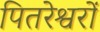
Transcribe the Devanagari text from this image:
पितरेश्वरों